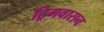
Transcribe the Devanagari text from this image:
ट्रिगवासन